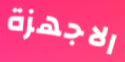
الاجهزة